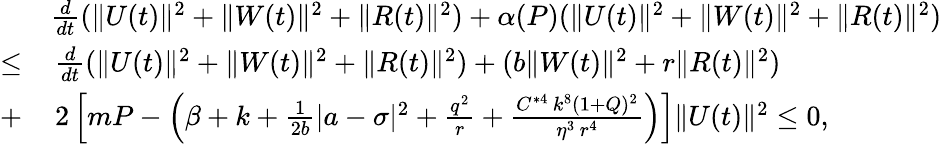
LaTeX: \begin{array}{rl}&{\frac{d}{dt}(\| U(t)\| ^{2}+\| W(t)\| ^{2}+\| R(t)\| ^{2})+\alpha(P)(\| U(t)\| ^{2}+\| W(t)\| ^{2}+\| R(t)\| ^{2})}\\ {\leq}&{\, \frac{d}{dt}(\| U(t)\| ^{2}+\| W(t)\| ^{2}+\| R(t)\| ^{2})+(b\| W(t)\| ^{2}+r\| R(t)\| ^{2})}\\ {+}&{\, 2\left[mP-\left(\beta+k+\frac{1}{2b}|a-\sigma|^{2}+\frac{q^{2}}{r}+\frac{C^{*4}\, k^{8}(1+Q)^{2}}{\eta^{3}\, r^{4}}\right)\right]\| U(t)\| ^{2}\leq 0,}\end{array}